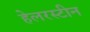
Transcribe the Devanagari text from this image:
हेलरस्टीन